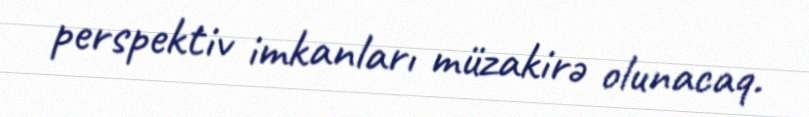
perspektiv imkanları müzakirə olunacaq.